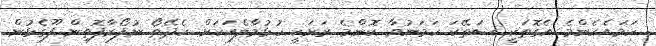
ހަމައެހެންމެ އެގޮތަކީ ސަތޭކަ ހަމަނުވާ ކޮންމެ ރަށަކީ ހުޅުމާލެއަކަށް ހެދޭތޯ ނުފޯރާފޮތިން ފޫގެޅުން